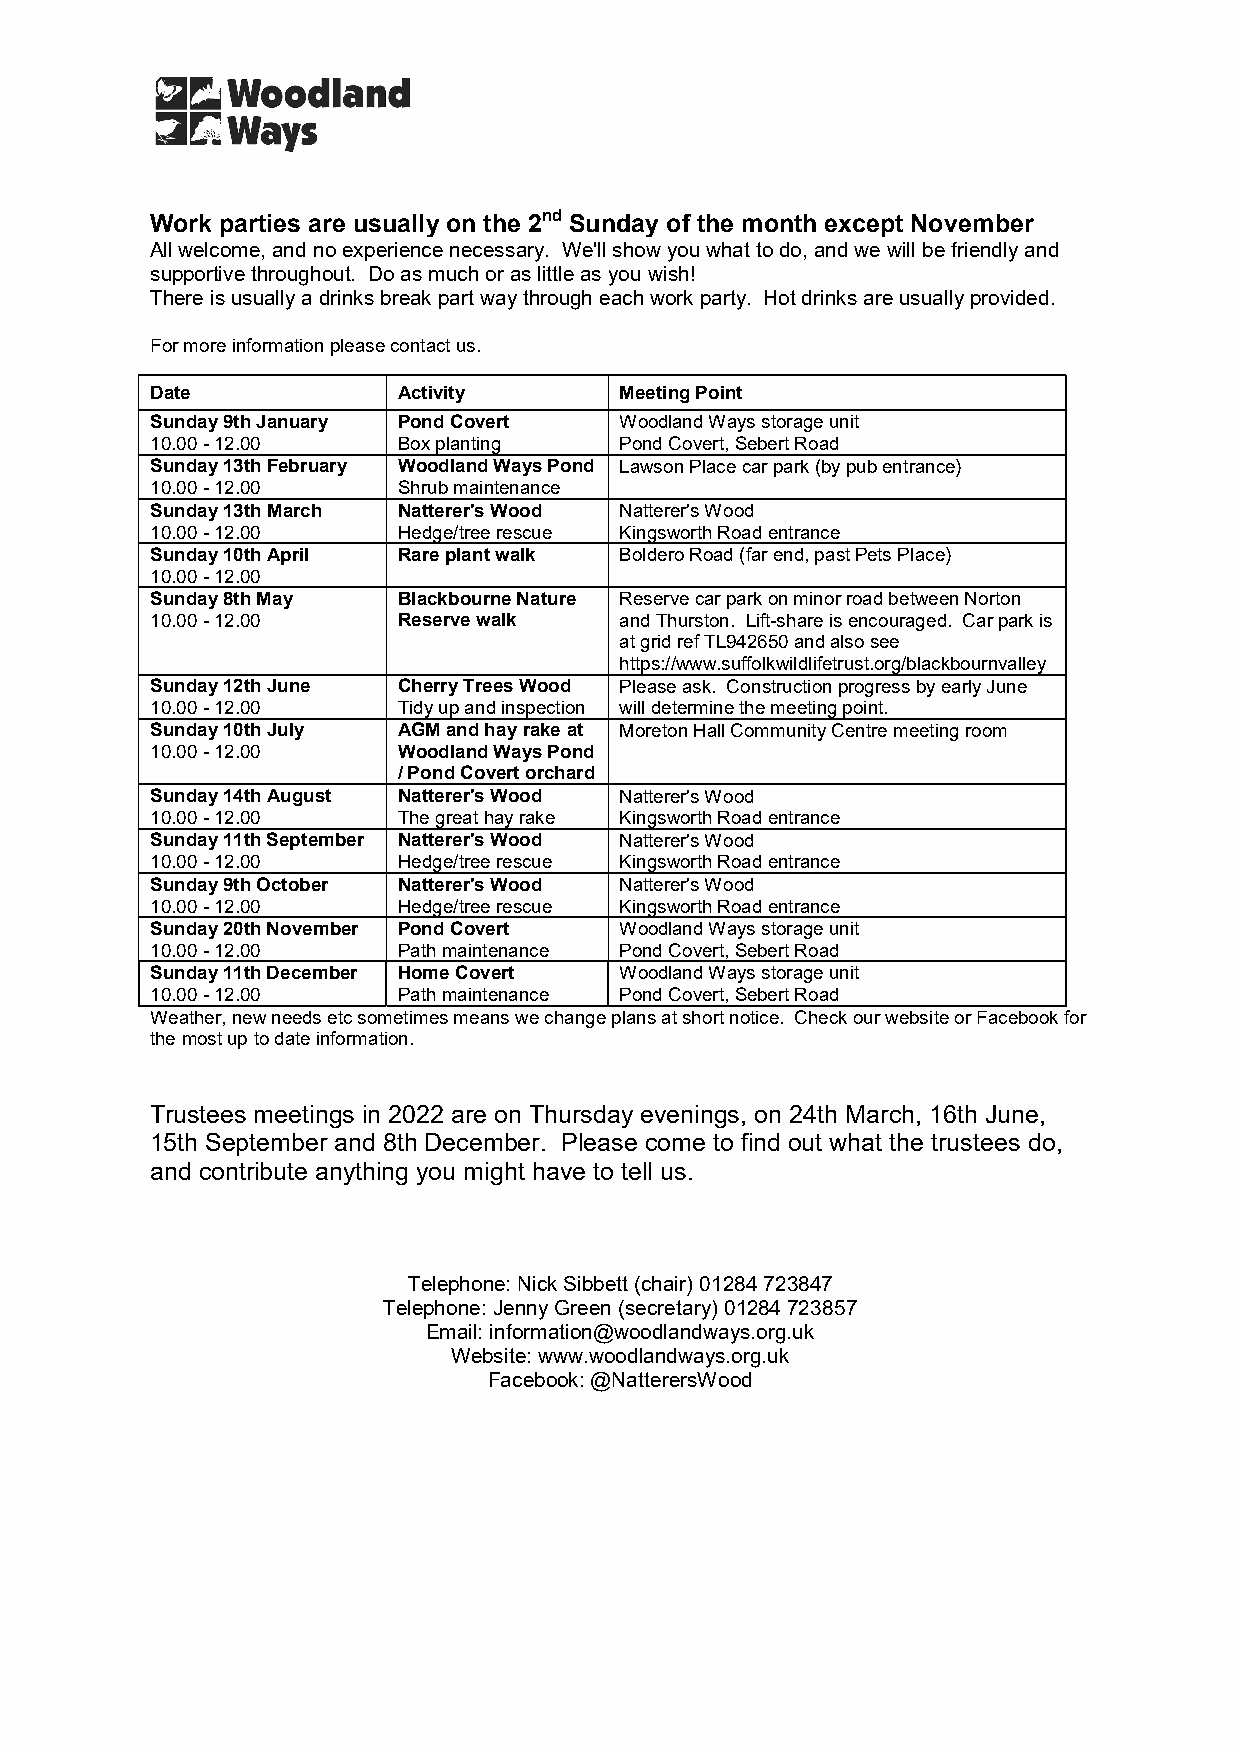
Work parties are usually on the 2nd Sunday of the month except November
 All welcome, and no experience necessary. We'll show you what to do, and we will be friendly and
 supportive throughout. Do as much or as little as you wish!
 There is usually a drinks break part way through each work party. Hot drinks are usually provided.
 For more information please contact us.
 Date            Activity       Meeting Point
 Sunday 9th January Pond Covert Woodland Ways storage unit
 10.00 - 12.00   Box planting   Pond Covert, Sebert Road
 Sunday 13th February Woodland Ways Pond Lawson Place car park (by pub entrance)
 10.00 - 12.00   Shrub maintenance
 Sunday 13th March Natterer's Wood Natterer's Wood
 10.00 - 12.00   Hedge/tree rescue Kingsworth Road entrance
 Sunday 10th April Rare plant walk Boldero Road (far end, past Pets Place)
 10.00 - 12.00
 Sunday 8th May  Blackbourne Nature Reserve car park on minor road between Norton
 10.00 - 12.00   Reserve walk   and Thurston. Lift-share is encouraged. Car park is
 at grid ref TL942650 and also see
 https://www.suffolkwildlifetrust.org/blackbournvalley
 Sunday 12th June Cherry Trees Wood Please ask. Construction progress by early June
 10.00 - 12.00   Tidy up and inspection will determine the meeting point.
 Sunday 10th July AGM and hay rake at Moreton Hall Community Centre meeting room
 10.00 - 12.00   Woodland Ways Pond
 / Pond Covert orchard
 Sunday 14th August Natterer's Wood Natterer's Wood
 10.00 - 12.00   The great hay rake Kingsworth Road entrance
 Sunday 11th September Natterer's Wood Natterer's Wood
 10.00 - 12.00   Hedge/tree rescue Kingsworth Road entrance
 Sunday 9th October Natterer's Wood Natterer's Wood
 10.00 - 12.00   Hedge/tree rescue Kingsworth Road entrance
 Sunday 20th November Pond Covert Woodland Ways storage unit
 10.00 - 12.00   Path maintenance Pond Covert, Sebert Road
 Sunday 11th December Home Covert Woodland Ways storage unit
 10.00 - 12.00   Path maintenance Pond Covert, Sebert Road
 Weather, new needs etc sometimes means we change plans at short notice. Check our website or Facebook for
 the most up to date information.
 Trustees meetings in 2022 are on Thursday evenings, on 24th March, 16th June,
 15th September and 8th December. Please come to find out what the trustees do,
 and contribute anything you might have to tell us.
 Telephone: Nick Sibbett (chair) 01284 723847
 Telephone: Jenny Green (secretary) 01284 723857
 Email: information@woodlandways.org.uk
 Website: www.woodlandways.org.uk
 Facebook: @NatterersWood